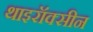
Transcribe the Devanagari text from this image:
थाइरॉक्सीन